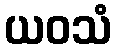
ယဝသံ